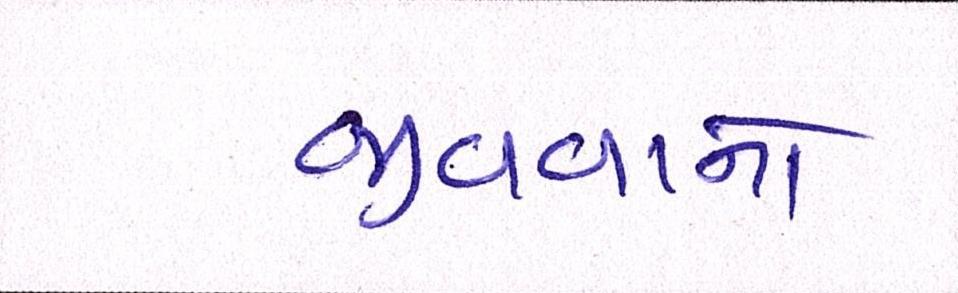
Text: જીવવાનો